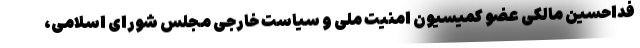
فداحسین مالکی عضو کمیسیون امنیت ملی و سیاست خارجی مجلس شورای اسلامی،